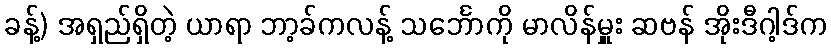
ခန့်) အရှည်ရှိတဲ့ ယာရာ ဘာ့ခ်ကလန့် သင်္ဘောကို မာလိန်မှူး ဆဗန် အိုးဒီဂါ့ဒ်က